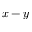
x - y